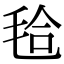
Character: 𣭝